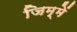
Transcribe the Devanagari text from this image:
जिम्में